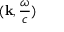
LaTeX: ( \mathbf { k } , { \frac { \omega } { c } } )